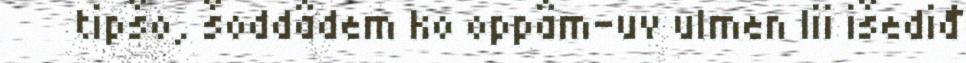
tipšo, šoddâdem ko oppâm-uv ulmen lii išediđ